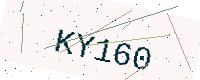
Text: KY160